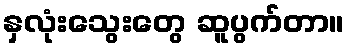
နှလုံးသွေးတွေ ဆူပွက်တာ။